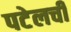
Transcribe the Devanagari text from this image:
पटेलची